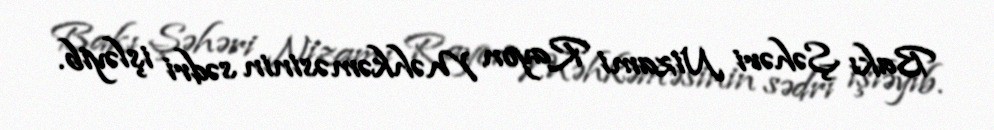
Bakı Şəhəri Nizami Rayon Məhkəməsinin sədri işləyib.